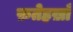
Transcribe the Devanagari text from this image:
फ़तेहख़ाँ